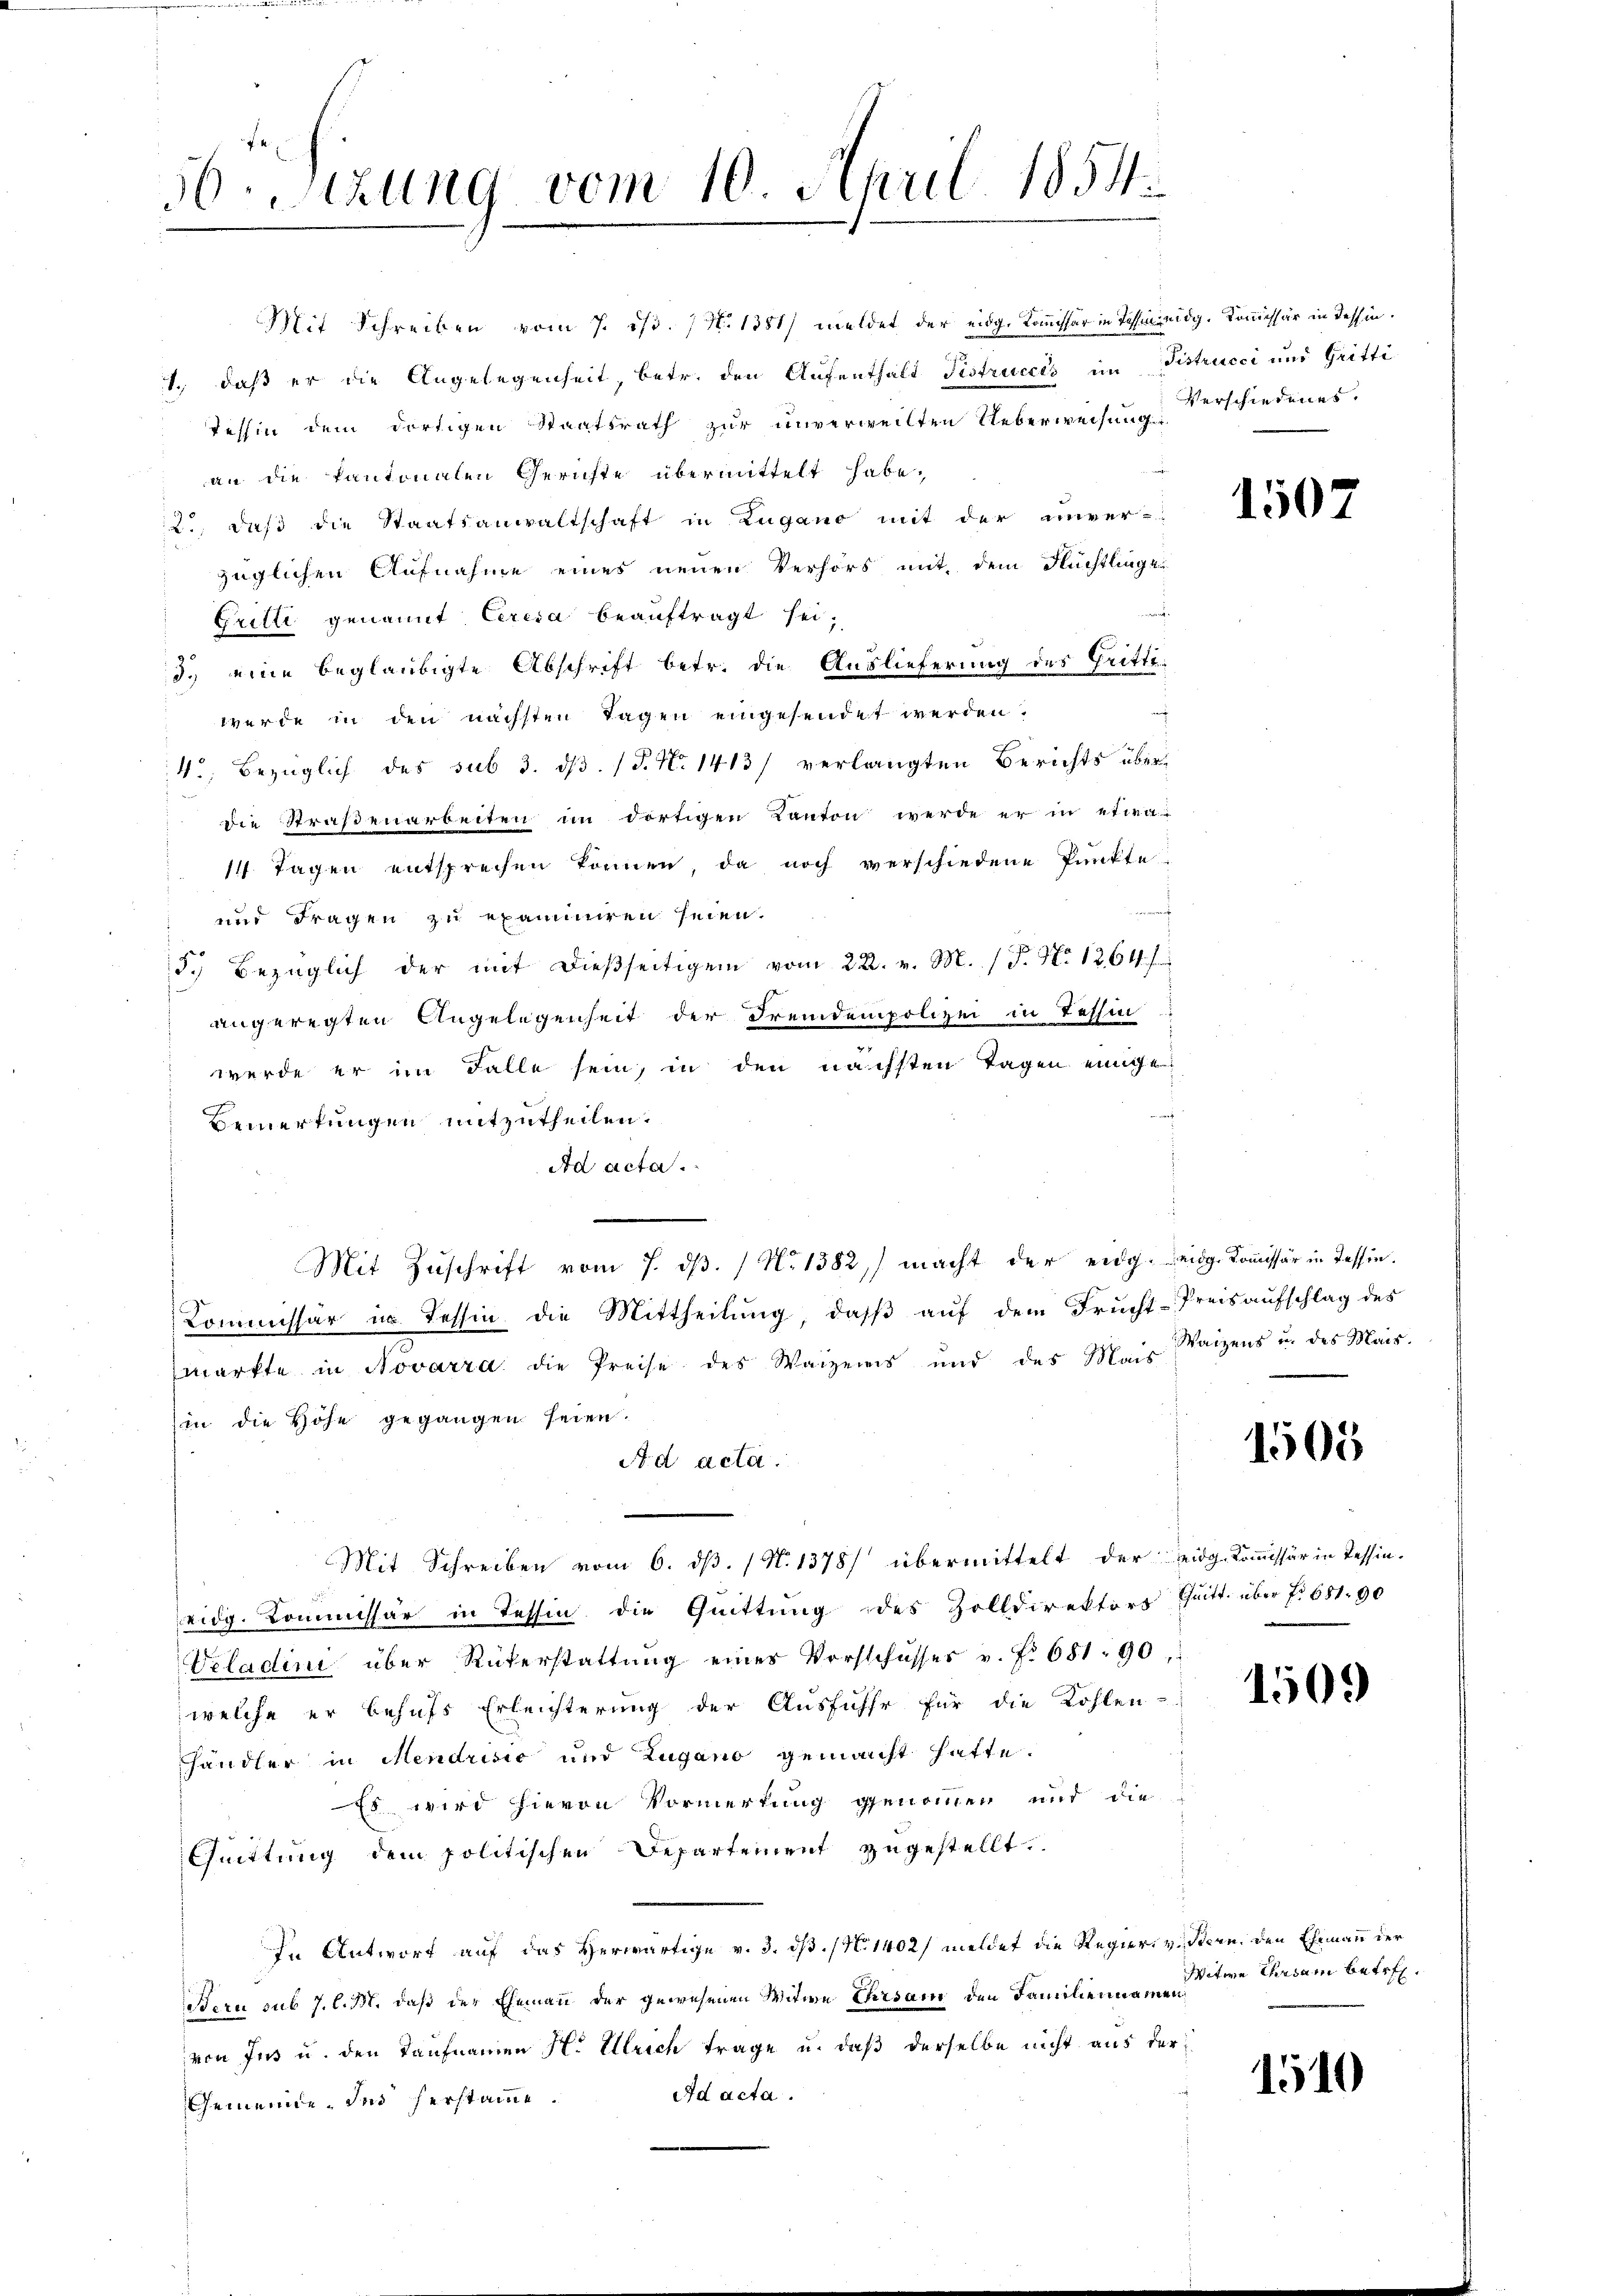
36 Stzung vom 10. Maril 1854

Mit Schreiben vom 7. ist. N. 1381) meldet der eidg. Kommissär in Tessinidg. Kommissär in Tessin.
1., daß er die Angelegenheit, betr. den Aufenthalt Fistrucces im Fistrucci und Gritti
Tessin dem dortigen Staatsrath zur unverweilten Ueberweisung Verschiedenes.
an die Kantonalen Gerichte übermittelt habe.
2., daß die Staatsanwaltschaft in Zugano mit der unver-
züglichen Aufnahme eines neuen Verhörs mit dem Flüchtlinge
.
Gritli genannt Ceresa beauftragt sei,
d. eine beglaubigte Abschrift betr. die Auslieferung des Grittet
werde in den nächsten Tagen eingesendet werden.
4., bezüglich des sub 3. ds. (T. No 1413) verlangten Berichts überdie Straßenarbeiten im dortigen Kanton werde er in etwa
14 Tagen entsprechen können, da noch verschiedene Punkte
und Fragen zu examiniren seien.
5. bezüglich der mit dieβseitigen vom 22. v. M. (T. No 1264)
angeregten Angelegenheit der Fremdenpolizei in Tessin
werde er im Falle sein, in den nächsten Tagen einige
Bemerkungen mitzutheilen.
Ad acta.
Mit Zŭschrift vom 7. dβ. / N. 1382) macht der eidg. eidg. Kommissär in Tessin.
Kommissär in Tessin die Mittheilung, daß auf dem Frucht-Preisaufschlag des
markte in Novarra die Preise des Waizeris und des Mais Waizens u. des Mais-
in die Höhe gegangen seien.
A d acta.
Mit Schreiben vom 6. ds. (N. 1378) übermittelt der eidg. Kommissär in Tessin.
eidg. Kommissär in Tessin die Quittung des Zolldirektors Quitt. über Nr 681. 90
Veladini über Rükerstattung eines Vorschusses v. f. 681. 90,
welche er behufs Erleichterung der Ausfühle für die Kohlen-
händler in Mendrisio und Zugano gemacht hatte.
Es wird hievon Vormerkung genommen und die
Quittung dem politischen Departement zugestellt.
In Antwort auf das Herwärtige v. 3. dß. (N. 1402) meldet die Regier, v. Stern, den Ehemann der
Bern sub 7. l. M. daß der Ehemann der gewesenen Witwe Ehrsam den Familiennamen
von Ins u. den Taufnamen H. Ulrich trage u. daß derselbe nicht aus der
Ad acta.
Gemeinde des herstamme.

1502

1505

1509

Witwe Ehrsam betref¬

1510